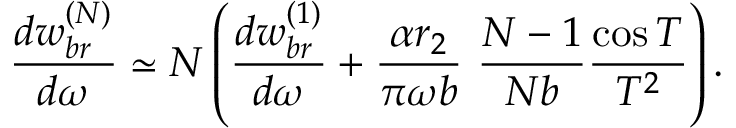
\frac { d w _ { b r } ^ { ( N ) } } { d \omega } \simeq N \left( \frac { d w _ { b r } ^ { ( 1 ) } } { d \omega } + \frac { \alpha r _ { 2 } } { \pi \omega b } ~ \frac { N - 1 } { N b } \frac { \cos T } { T ^ { 2 } } \right) .